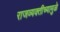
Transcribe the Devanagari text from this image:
राजव्यक्तीच्यामुळे